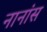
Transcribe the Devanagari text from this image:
नानांस